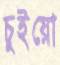
চুইয়ো